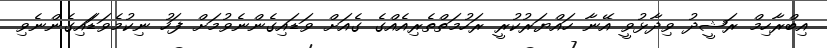
އިބްރާހިމް ރަޝީދު ވިދާޅުވީ އޭނާ ހައްޔަރުކުރީ ރަހުމަތްތެރިއެއްގެ ގެއަށް ވަޑައިގެންނެވުމަށް ފަހު ނިކުމެވަޑަައިގެންނެވި